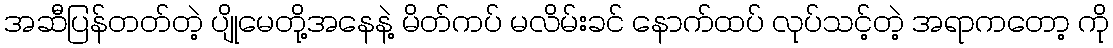
အဆီပြန်တတ်တဲ့ ပျိုမေတို့အနေနဲ့ မိတ်ကပ် မလိမ်းခင် နောက်ထပ် လုပ်သင့်တဲ့ အရာကတော့ ကို